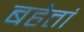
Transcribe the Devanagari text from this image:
बहेतां